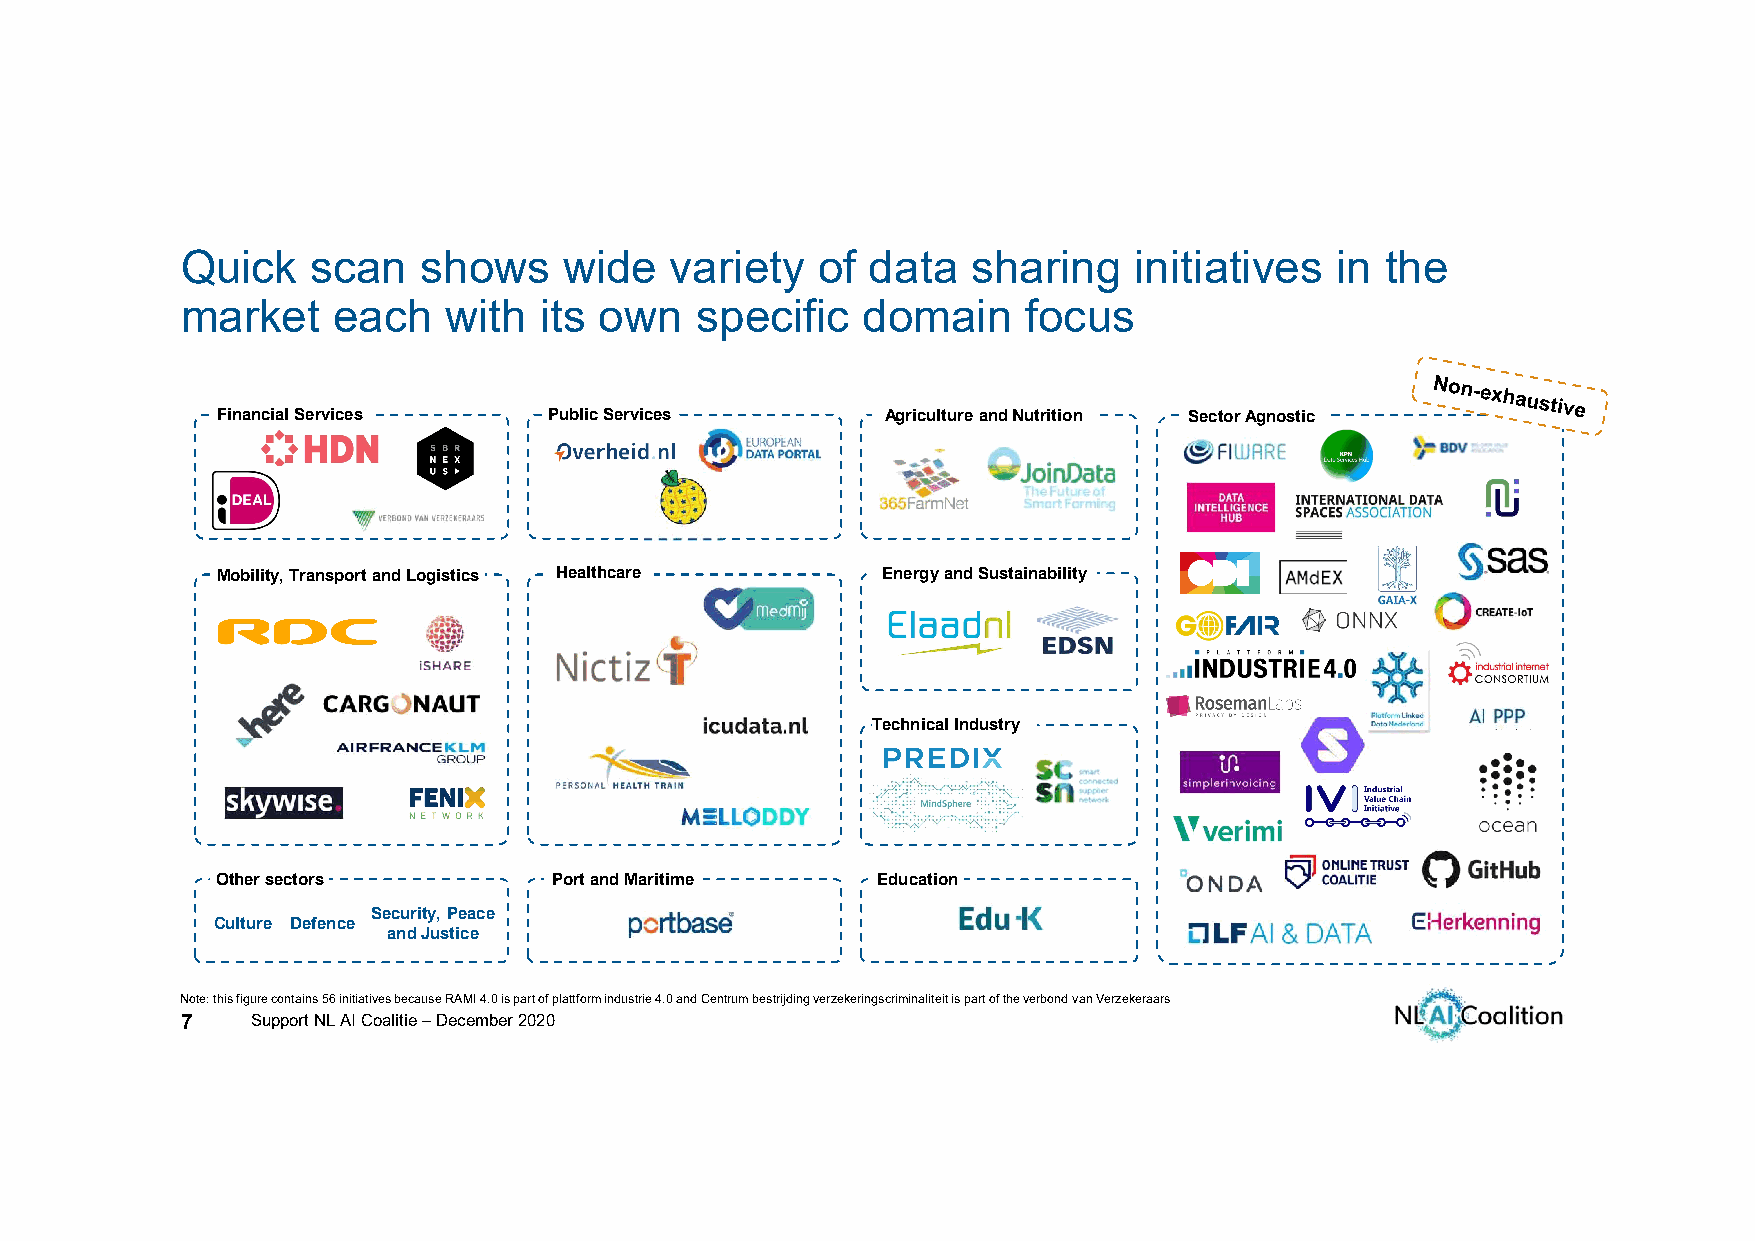
Quick    scan   shows    wide   variety   of  data  sharing    initiatives  in  the
 market    each    with  its own   specific   domain     focus
 Financial Services    Public Services        Agriculture and Nutrition Sector Agnostic
 Mobility, Transport and Logistics Healthcare Energy and Sustainability
 Technical Industry
 Other sectors          Port and Maritime    Education
 Security, Peace
 Culture Defence
 and Justice
 Note: this figure contains 56 initiatives because RAMI 4.0 is part of plattformindustrie4.0 and Centrum bestrijdingverzekeringscriminaliteitis part of the verbondvan Verzekeraars
 7    Support NL AI Coalitie –December 2020